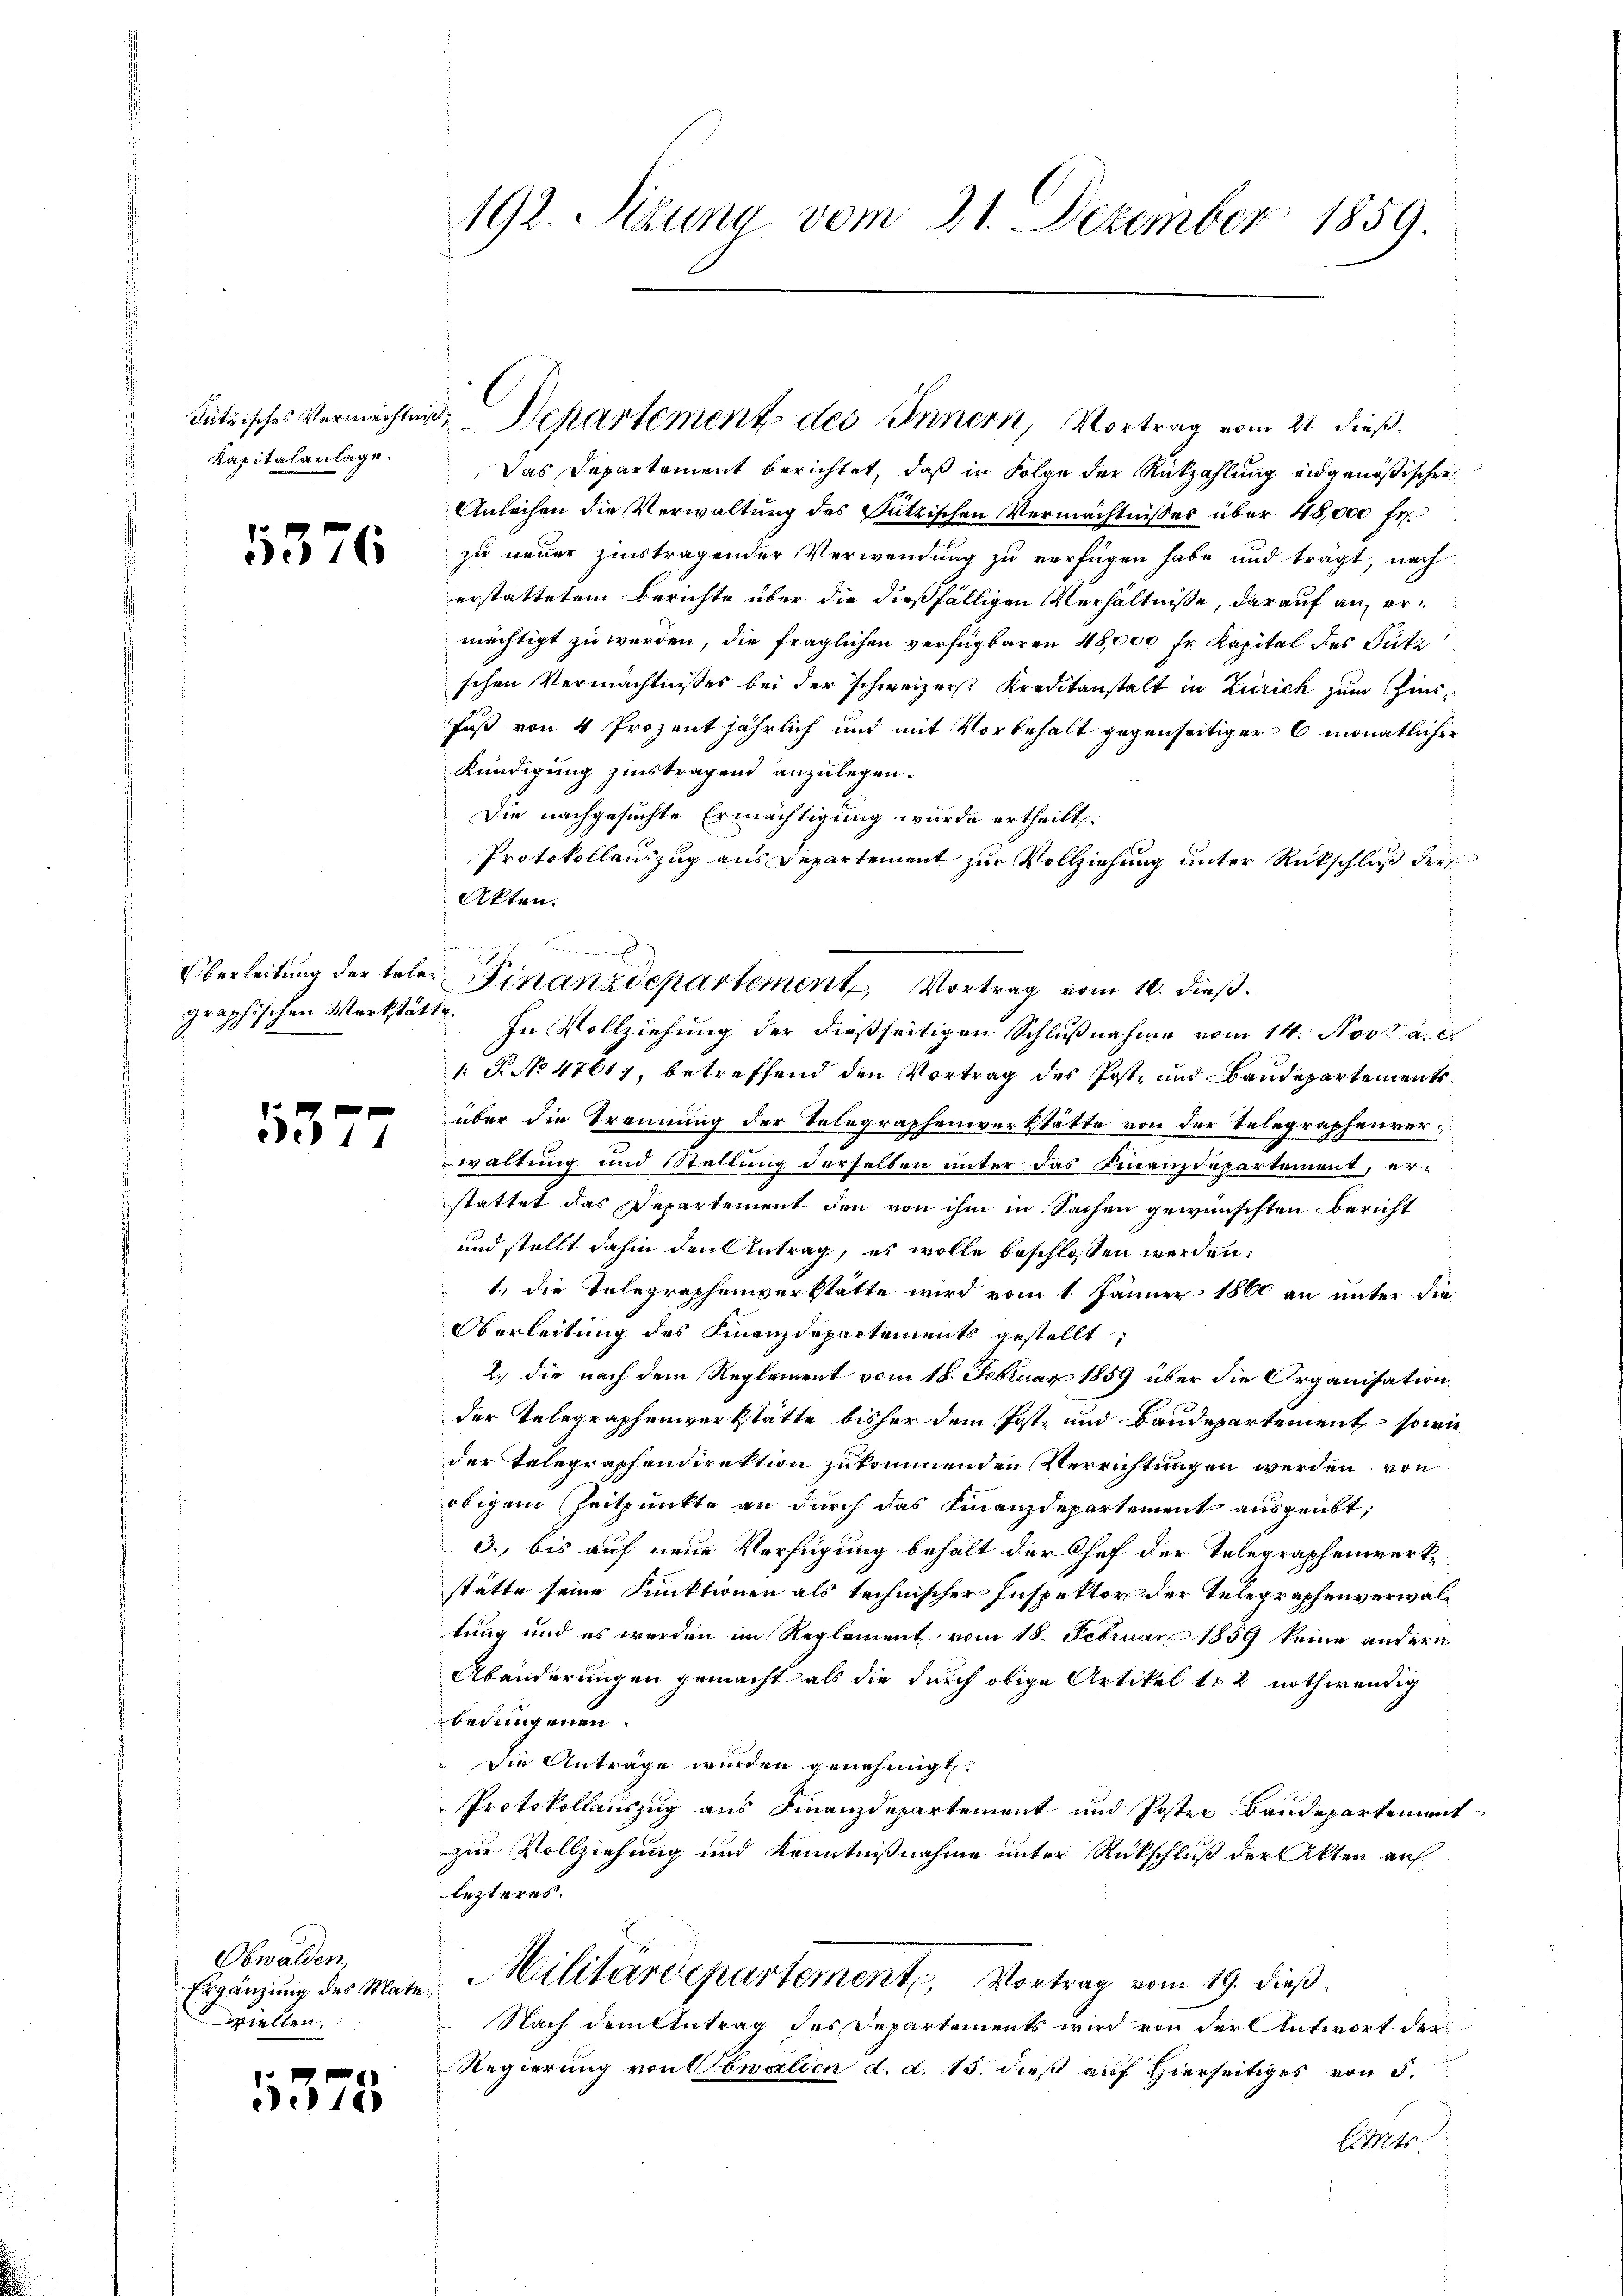
Kapitalanlage.

5376

531

Obwalden,
Ergänzung des Mate¬
Driellen.

5375

192. Sitzung vom 21. Dezember 1859.

Sützisches Vermächten, Departement des Innern, Vortrag vom 21. dieß.

Das Departement berichtet, daß in Folge der Rückzahlung eidgenößischer
Anleihen die Verwaltung des Sutzischen Vermächtnisses über 18,000 fr.
zu neuer zinstragender Verwendung zu verfügen habe und trägt, nach
erstattetem Berichte über die dießfälligen Verhältnisse, darauf an ermächtigt zu werden, die fraglichen verfügbaren 48,000 fr Kapital des Sutz
schen Vermächtnisses bei der schweizer. Kreditanstalt in Zürich zum Chies¬
Fuss von 4 Prozent jährlich und mit Vorbehalt gegenseitiger 6 monatlicher
Kündigung zinstragend anzulegen.
Die nachgesuchte Ermächtigung wurde ertheilt.
Protokollauszug aus Departement zur Vollziehung unter Rückschluß der
Akten.
graphischen Werkstätte. In Vollziehung der dießseitigen Schlŭβnahme vom 14. Nov. a. c.
 P. No 47617, betreffend den Vortrag des Post und Baudepartements
über die Trennung der Telegraphenverstätte von der Telegraphenverwaltung und Stellung derselben unter das Finanzdepartement, erstattet das Departement den von ihm in Sachen gewünschten Bericht
und stellt dahin den Antrag, es wolle beschlossen werden.
1., die Telegraphenverkstatte wird vom 1. Jänner 1860 an unter die
Oberleitung des Finanzdepartements gestellt,
2.) die nach dem Reglement vom 18. Februar 1859 über die Organisation
der Telegraphenwerkstätte bisher dem Poste und Baudepartement, sowie
der Telegraphendirektion zukommenden Verrichtungen werden, von
obiger Zeitpunkte an durch das Finanzdepartement ausgeübt,
3. bis auf neue Verfügung behalt der Chef der Telegraphenwerke
stätte seine Funktionen als technischer Inspektor der Telegraphenverwaltung und es werden im Reglement vom 18. Februar 1859 keine andern
Abänderungen gemacht als die durch obige Artikel 152 nothwendig
bedungenen.
die Anträge wurden genehmigt.
Protokollauszug aus Finanzdepartement und Poster Baudepartement
zur Vollziehung und Kenntnißnahme unter Rückschluß der Akten auf
lezteres.
Militärdepartement, Vortrag vom 19. dieß.
Nach dem Antrag des Departements wird von der Antwort der
Regierung von Obwalden d. d. 15. dieß auf Hierseitiges von 5.
let

J
Überleitung der teler Finanzdepartement, Vortrag vom 16. dieß.